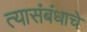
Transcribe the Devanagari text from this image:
त्यासंबंधाचे